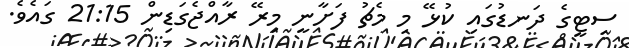
ސިޓީގެ ދަނޑުގައި ކުޅޭ މި މެޗު ފަށާނީ މިރޭ ރާއްޖެގަޑިން 21:15 ގައެވެ.